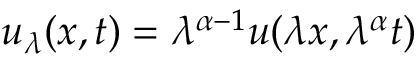
u _ { \lambda } ( x , t ) = \lambda ^ { \alpha - 1 } u ( \lambda x , \lambda ^ { \alpha } t )